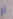
آر